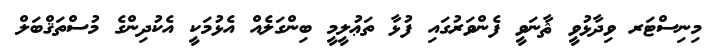
މިނިސްޓަރ ވިދާޅުވީ ޘާނަވީ ފެންވަރުގައި ފުޅާ ތަޢުލީމީ ބިންގަލެއް އެޅުމަކީ އެކުދިންގެ މުސްތަޤްބަލް